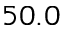
5 0 . 0